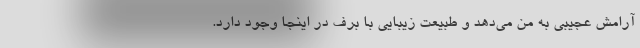
آرامش عجیبی به من می‌دهد و طبیعت زیبایی با برف در اینجا وجود دارد.